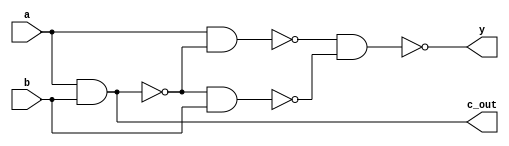
module halfadder1 (a,b,y,c_out);
  output y,c_out;
  input a,b;
  wire c1,c2,c3;
  
  //delays are all in ps (FF:TT:SS)
  nand #(14.62:18.79:25.32) (	c1,a,	b);
  nand #(14.62:18.79:25.32) (	c2,a	,c1	);
  nand #(14.62:18.79:25.32) (	c3,c1,	b	);
  nand #(14.62:18.79:25.32) (	y,c2	,c3);
  nand #(14.62:18.79:25.32) (	c_out,c1	,c1);
  
endmodule